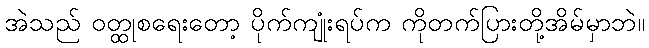
အဲသည် ဝတ္ထုစရေးတော့ ပိုက်ကျုံးရပ်က ကိုတက်ပြားတို့အိမ်မှာဘဲ။